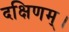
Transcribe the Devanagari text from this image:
दक्षिणम्।